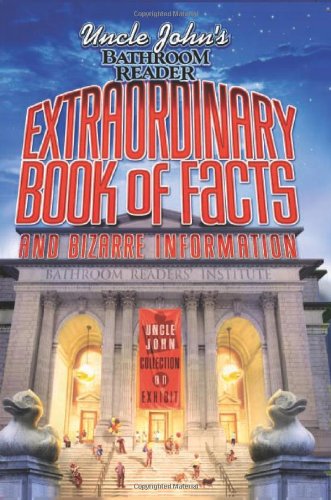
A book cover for Uncle John's Bathroom Reader Extraordinary Book of Facts: And Bizarre Information (Bathroom Readers); Bathroom Readers' Hysterical Society; Humor & Entertainment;